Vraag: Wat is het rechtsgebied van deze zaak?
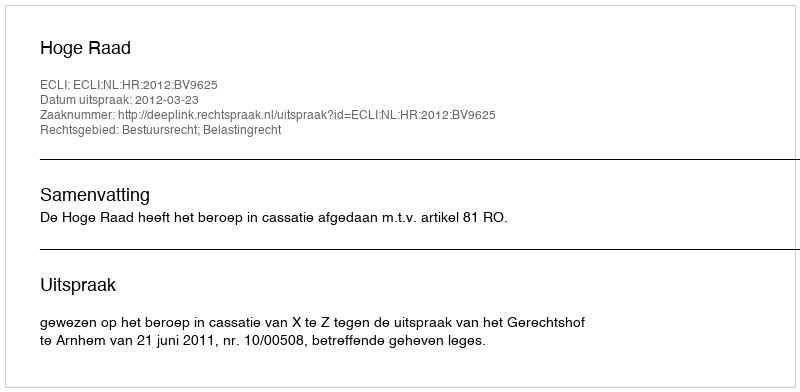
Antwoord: Bestuursrecht; Belastingrecht